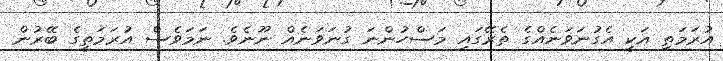
އުރަމަތި އަކީ އެގުނަވަނެއްގެ ތެރޭގައި މަސްހުންނަ ގުނަވަނެއް ނޫނެވެ. ނަމަވެސް އުރަމަތީގެ ބޭރުން